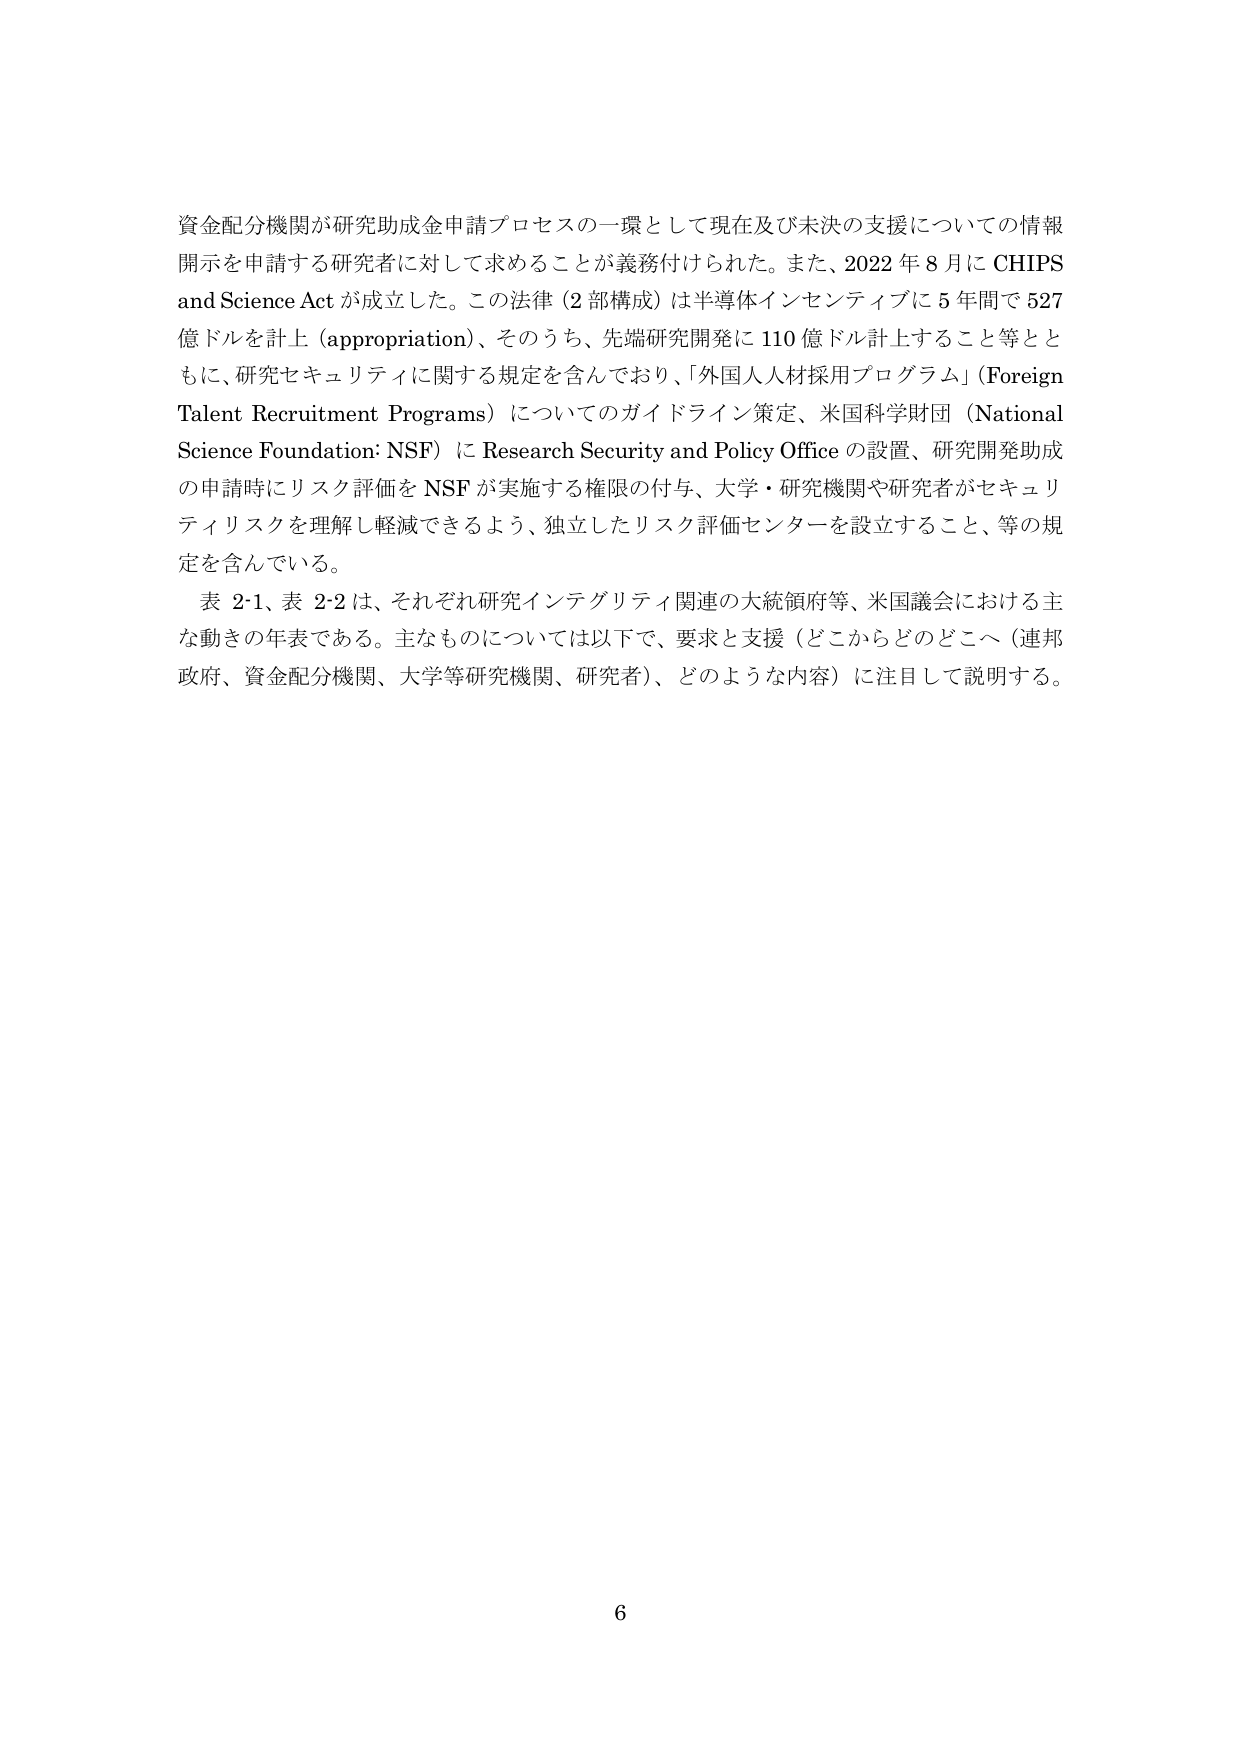
資金配分機関が研究助成金申請プロセスの一環として現在及び未決の支援についての情報開示を申請する研究者に対して求めることが義務付けられた。また、2022年8月にCHIPS and Science Actが成立した。この法律（2部構成）は半導体インセンティブに5年間で527億ドルを計上（appropriation）、そのうち、先端研究開発に110億ドル計上すること等とともに、研究セキュリティに関する規定を含んでおり、「外国人人材採用プログラム」（Foreign Talent Recruitment Programs）についてのガイドライン策定、米国科学財団（National Science Foundation: NSF）にResearch Security and Policy Officeの設置、研究開発助成の申請時にリスク評価をNSFが実施する権限の付与、大学・研究機関や研究者がセキュリティリスクを理解し軽減できるよう、独立したリスク評価センターを設立すること、等の規定を含んでいる。

表2-1、表2-2は、それぞれ研究インテグリティ関連の大統領府等、米国議会における主な動きの年表である。主なものについては以下で、要求と支援（どこからどのどこへ（連邦政府、資金配分機関、大学等研究機関、研究者）、どのような内容）に注目して説明する。

6